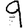
Digit: 9